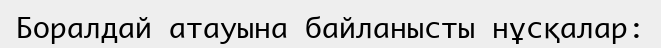
Боралдай атауына байланысты нұсқалар: